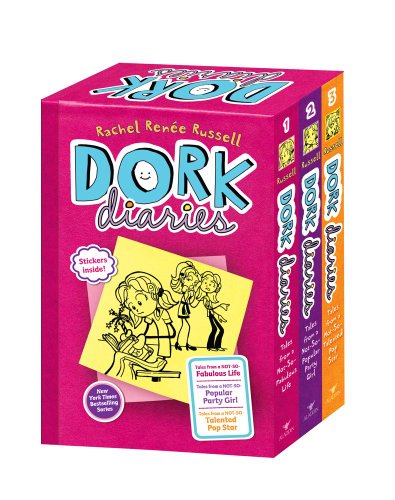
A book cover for Dork Diaries Box Set (Book 1-3): Dork Diaries; Dork Diaries 2; Dork Diaries 3; Rachel RenÃ©e Russell; Children's Books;